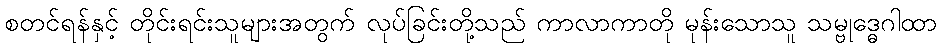
စတင်ရန်နှင့် တိုင်းရင်းသူများအတွက် လုပ်ခြင်းတို့သည် ကာလာကာတို မုန်းသောသူ သမ္ဗုဒ္ဓေဂါထာ